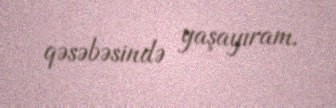
qəsəbəsində yaşayıram.